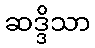
ဆဒ္ဒိသာ